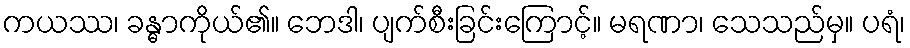
ကယဿ၊ ခန္ဓာကိုယ်၏။ ဘေဒါ၊ ပျက်စီးခြင်းကြောင့်။ မရဏာ၊ သေသည်မှ။ ပရံ၊